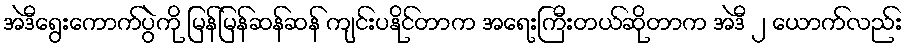
အဲဒီရွေးကောက်ပွဲကို မြန်မြန်ဆန်ဆန် ကျင်းပနိုင်တာက အရေးကြီးတယ်ဆိုတာက အဲဒီ ၂ ယောက်လည်း